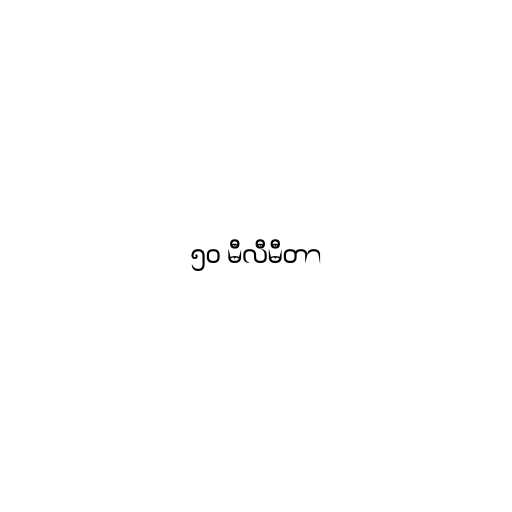
၅၀ မီလီမီတာ